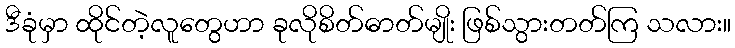
ဒီခုံမှာ ထိုင်တဲ့လူတွေဟာ ခုလိုစိတ်ဓာတ်မျိုး ဖြစ်သွားတတ်ကြ သလား။